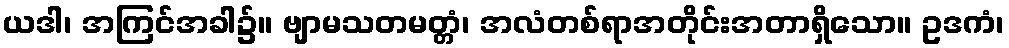
ယဒါ၊ အကြင်အခါ၌။ ဗျာမသတမတ္တံ၊ အလံတစ်ရာအတိုင်းအတာရှိသော။ ဥဒကံ၊